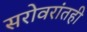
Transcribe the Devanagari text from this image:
सरोवरांतही